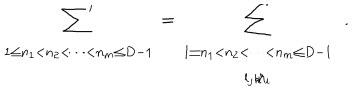
\begin{array} { } { { t ] { c } { \displaystyle { \mathop { { \sum } ^ { \prime } } } } } } \\ { { { \scriptstyle 1 \leq { n _ { 1 } } < { n _ { 2 } } < \cdots < { n _ { m } } \leq D - 1 } } } \\ \end{array} = \begin{array} { } { { t ] { c } { \displaystyle { \mathop { { \sum } } } } } } \\ { { { \scriptstyle 1 \leq { n _ { 1 } } < { n _ { 2 } } < \cdots < { n _ { m } } \leq D - 1 } } } \\ { { { \scriptstyle { l _ { j } } { \not { | } } { n _ { i } } } } } \\ \end{array} \, \, \, .